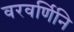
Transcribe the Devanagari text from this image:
वरवर्णिनि